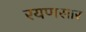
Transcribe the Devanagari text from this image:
रयणसार